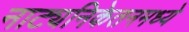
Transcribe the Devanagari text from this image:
नाट्यनिकेतनमध्ये